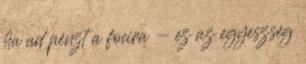
ha ad pénzt a focira - ez az egyeszség